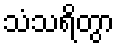
သံသရိတွာ